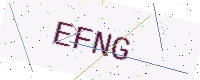
Text: EFNG